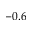
- 0 . 6